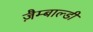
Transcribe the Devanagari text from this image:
ज़ैम्बाल्डी